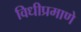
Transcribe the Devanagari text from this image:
विधीप्रमाणे